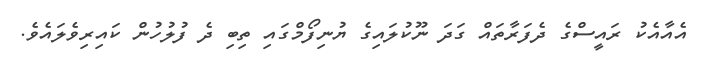
އެއާއެކު ރައީސްގެ ދެފަރާތައް ގަދަ ނޫކުލައިގެ ޔުނިފޯމްގައި ތިބި ދެ ފުލުހުން ކައިރިވެލައެވެ.